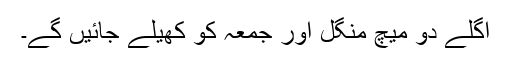
اگلے دو میچ منگل اور جمعہ کو کھیلے جائیں گے۔